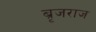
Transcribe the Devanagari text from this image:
ब्रृजराज